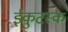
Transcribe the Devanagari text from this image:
ईकुटस्क